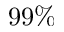
9 9 \%